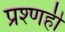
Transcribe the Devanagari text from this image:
प्रश्णही